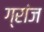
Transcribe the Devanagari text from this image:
ग्रांज